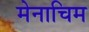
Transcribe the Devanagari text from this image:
मेनाचिम